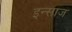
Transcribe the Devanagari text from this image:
इन्साज